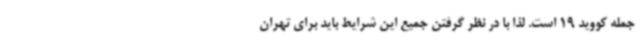
جمله کووید 19 است. لذا با در نظر گرفتن جمیع این شرایط باید برای تهران